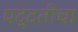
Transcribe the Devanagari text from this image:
पद्दतीचा